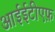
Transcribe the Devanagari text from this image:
आईईटीएफ़